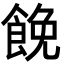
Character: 𩛟